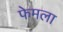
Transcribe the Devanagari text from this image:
फेमला